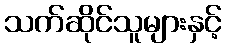
သက်ဆိုင်သူများနှင့်